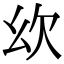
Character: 𣢄